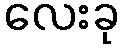
လေးခု